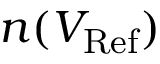
n ( V _ { \mathrm { R e f } } )